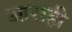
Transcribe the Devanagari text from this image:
आराही